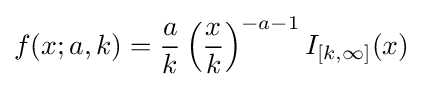
f(x;a,k)={\frac {a}{k}}\left({\frac {x}{k}}\right)^{-a-1}I_{[k,\infty ]}(x)